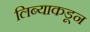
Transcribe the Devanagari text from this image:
लिब्याकडून